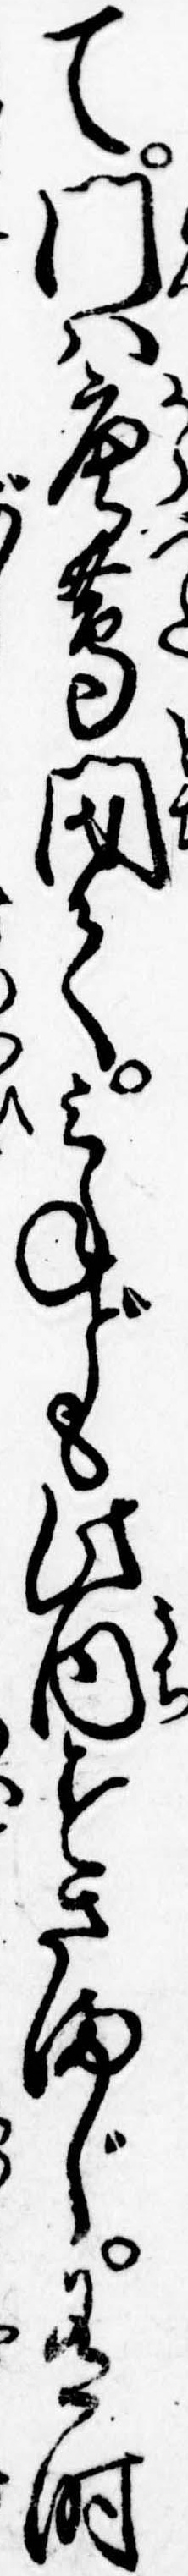
て門は唐蔦閉てみねども此内すさまじ有時